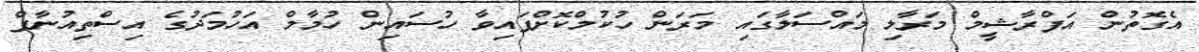
އެގޮތުން އަފްރާޝީމް މަރާލި މައްސަލާގައި މަރަން ހުކުމްކޮށްފައިވާ ހުސައިން ހުމާމް އަހުމަދުގެ އިސްތިއުނާފް